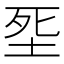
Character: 㘸